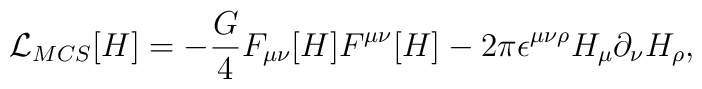
{\cal L}_{MCS}[H]=   -\frac{G}{4}F_{\mu\nu}[H]F^{\mu\nu}[H]   -2\pi \epsilon^{\mu\nu\rho}H_{\mu}\partial_{\nu}H_{\rho},